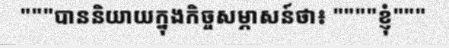
"""បាននិយាយក្នុងកិច្ចសម្ភាសន៍ថា៖ """"ខ្ញុំ"""